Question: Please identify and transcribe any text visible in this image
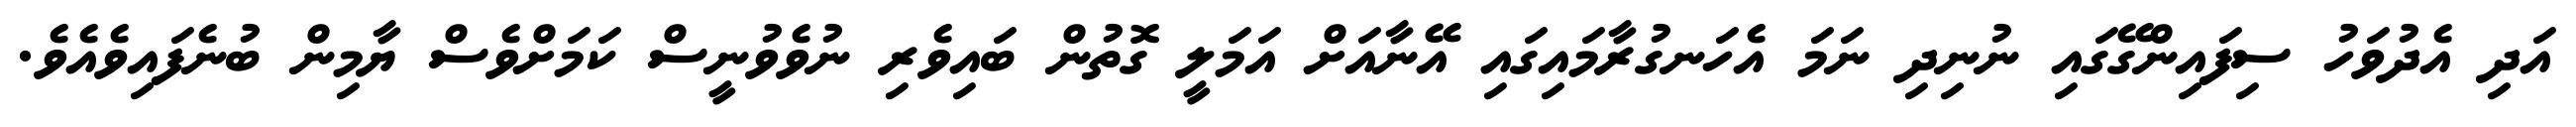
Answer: އަދި އެދުވަހު ސިފައިންގޭގައި ނުނިދި ނަމަ އެހަނގުރާމައިގައި އޭނާއަށް އަމަލީ ގޮތުން ބައިވެރި ނުވެވުނީސް ކަމަށްވެސް ޔާމިން ބުނެފައިވެއެވެ.